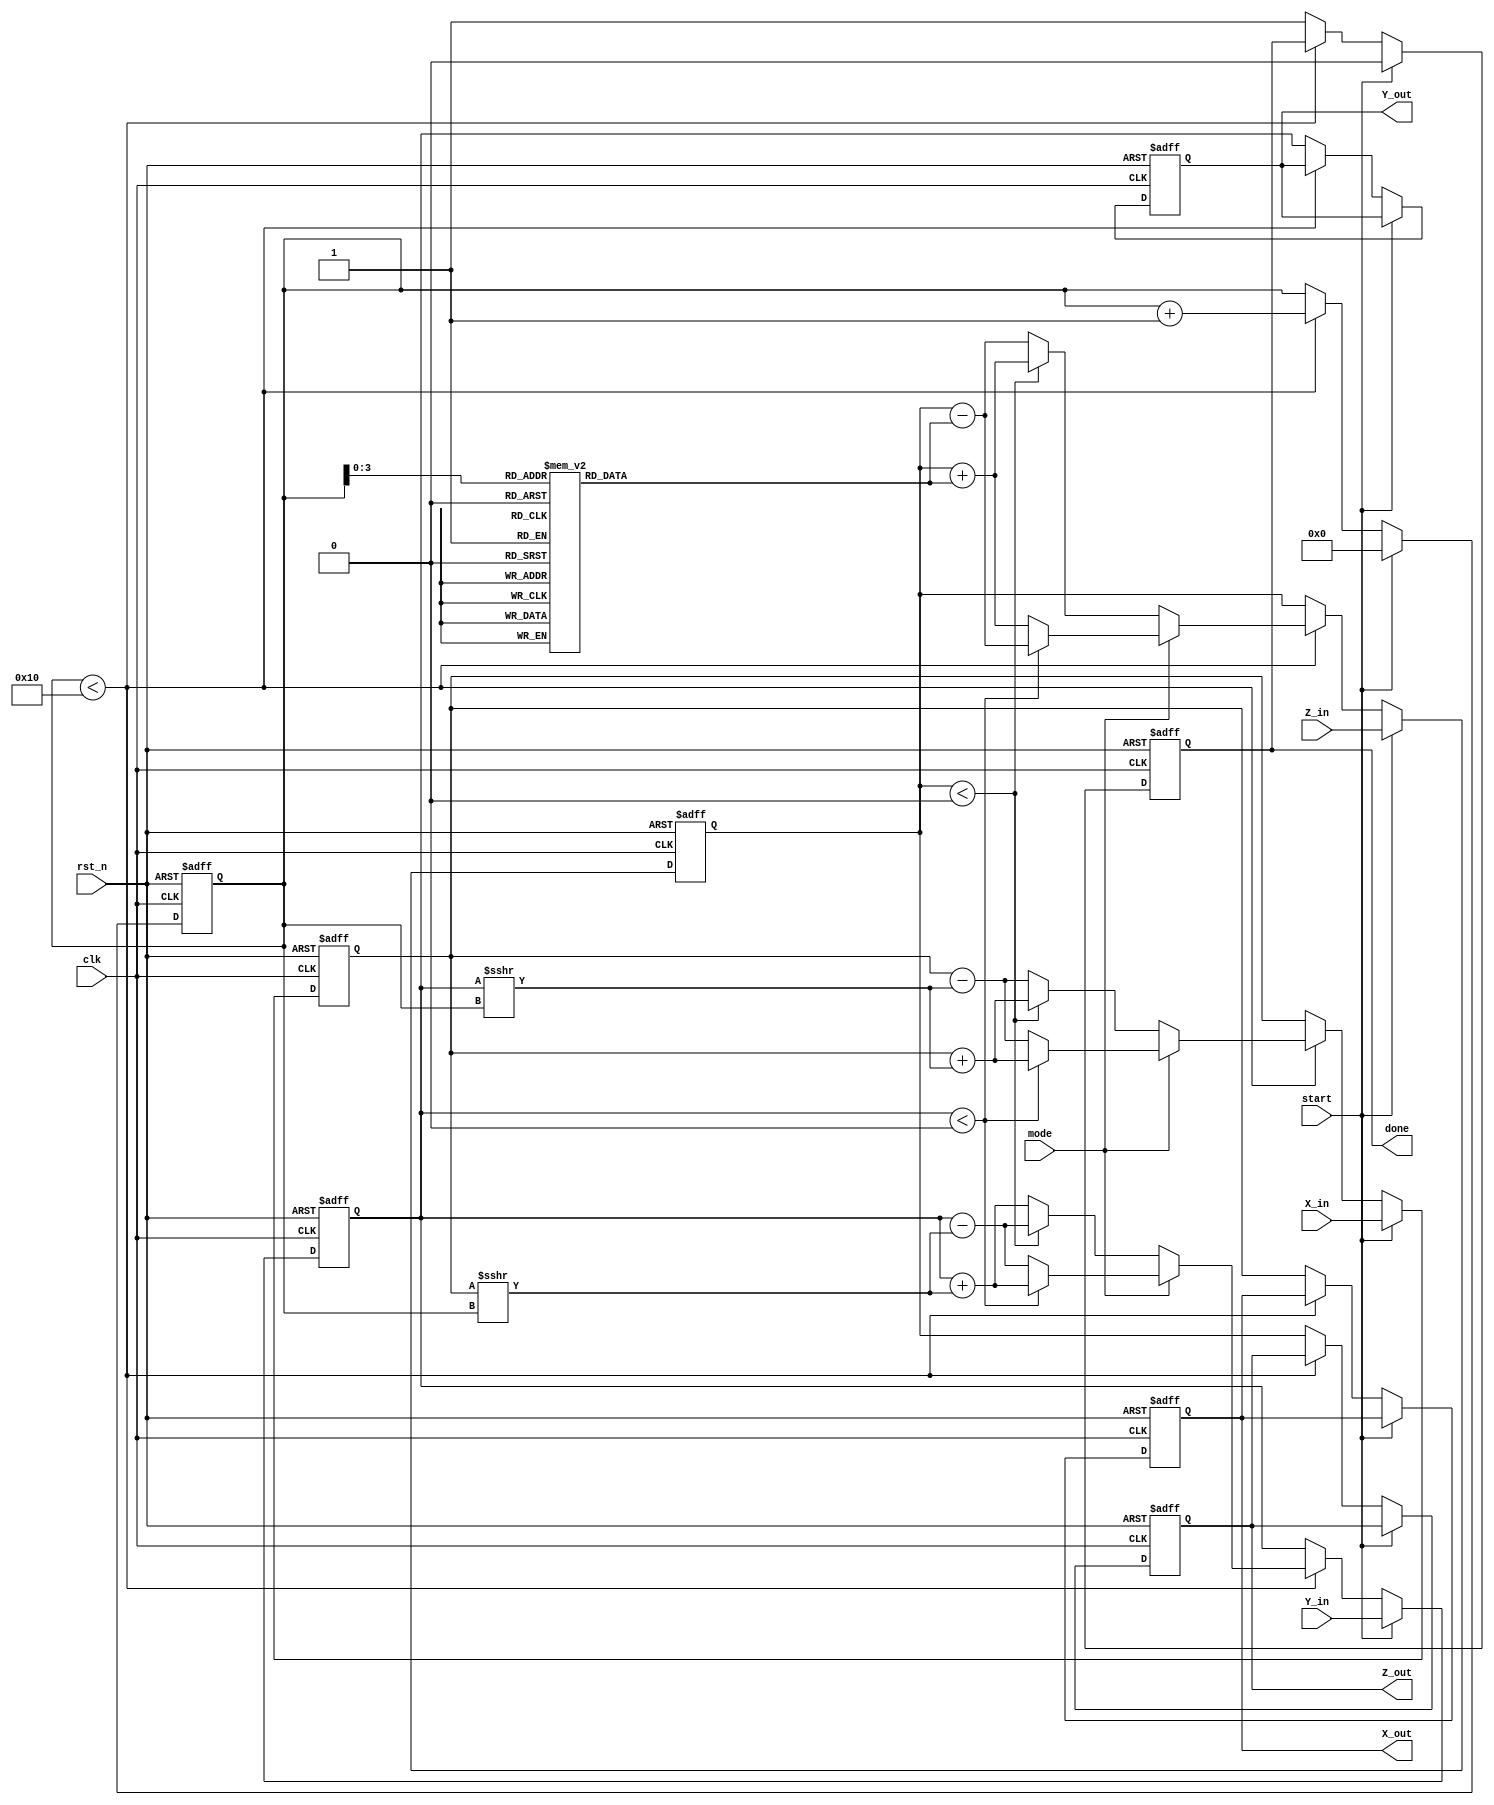
module modified_cordic #(
    parameter WIDTH = 16,          // Bit-width for inputs and outputs
    parameter ITERATIONS = 16      // Number of iterations for precision
)(
    input wire clk,                // Clock signal
    input wire rst_n,              // Asynchronous reset (active low)
    input wire start,              // Start signal for computation
    input wire mode,               // Mode: 0 for rotation, 1 for vectoring
    input wire signed [WIDTH-1:0] X_in, // Input X coordinate
    input wire signed [WIDTH-1:0] Y_in, // Input Y coordinate
    input wire signed [WIDTH-1:0] Z_in, // Input angle in radians
    output reg signed [WIDTH-1:0] X_out, // Output X coordinate
    output reg signed [WIDTH-1:0] Y_out, // Output Y coordinate
    output reg signed [WIDTH-1:0] Z_out, // Output angle
    output reg done                // Done signal
);

    // Internal registers
    reg signed [WIDTH-1:0] X, Y, Z;
    reg [4:0] iteration; // Counter for iterations
    reg [WIDTH-1:0] atan_table [0:ITERATIONS-1]; // Lookup table for atan(2^-i)

    // Initialize the atan lookup table
    initial begin
        // Populate atan_table with precomputed values (in fixed-point format)
        // Example values for atan(2^-i) for i = 0 to 15
        atan_table[0] = 16'h3243; // atan(1) = /4
        atan_table[1] = 16'h1DAC; // atan(0.5)
        atan_table[2] = 16'h1C71; // atan(0.25)
        // ... Fill in the rest of the table
        // atan_table[3] to atan_table[15] should be filled similarly
    end

    // CORDIC processing
    always @(posedge clk or negedge rst_n) begin
        if (!rst_n) begin
            // Reset all registers
            X <= 0;
            Y <= 0;
            Z <= 0;
            iteration <= 0;
            done <= 0;
            X_out <= 0;
            Y_out <= 0;
            Z_out <= 0;
        end else if (start) begin
            // Load inputs
            X <= X_in;
            Y <= Y_in;
            Z <= Z_in;
            iteration <= 0;
            done <= 0;
        end else if (iteration < ITERATIONS) begin
            // CORDIC iteration
            if (mode == 0) begin // Rotation mode
                if (Z < 0) begin
                    X <= X + (Y >>> iteration);
                    Y <= Y - (X >>> iteration);
                    Z <= Z + atan_table[iteration];
                end else begin
                    X <= X - (Y >>> iteration);
                    Y <= Y + (X >>> iteration);
                    Z <= Z - atan_table[iteration];
                end
            end else begin // Vectoring mode
                if (Y < 0) begin
                    X <= X + (Y >>> iteration);
                    Y <= Y + (X >>> iteration);
                    Z <= Z - atan_table[iteration];
                end else begin
                    X <= X - (Y >>> iteration);
                    Y <= Y - (X >>> iteration);
                    Z <= Z + atan_table[iteration];
                end
            end
            iteration <= iteration + 1;
        end else begin
            // Finished computation
            done <= 1;
            X_out <= X;
            Y_out <= Y;
            Z_out <= Z;
        end
    end

endmodule